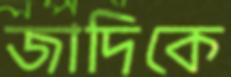
জাদিকে